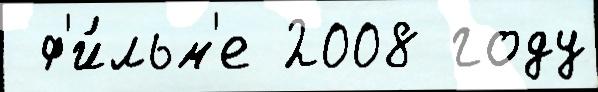
 ф'и́льм'е 2008 году